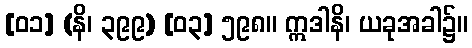
[၀၁] (နိ၊ ၃၉၉) [၀၃] ၅၉၈။ ဣဒါနိ၊ ယခုအခါ၌။